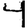
Digit: 4